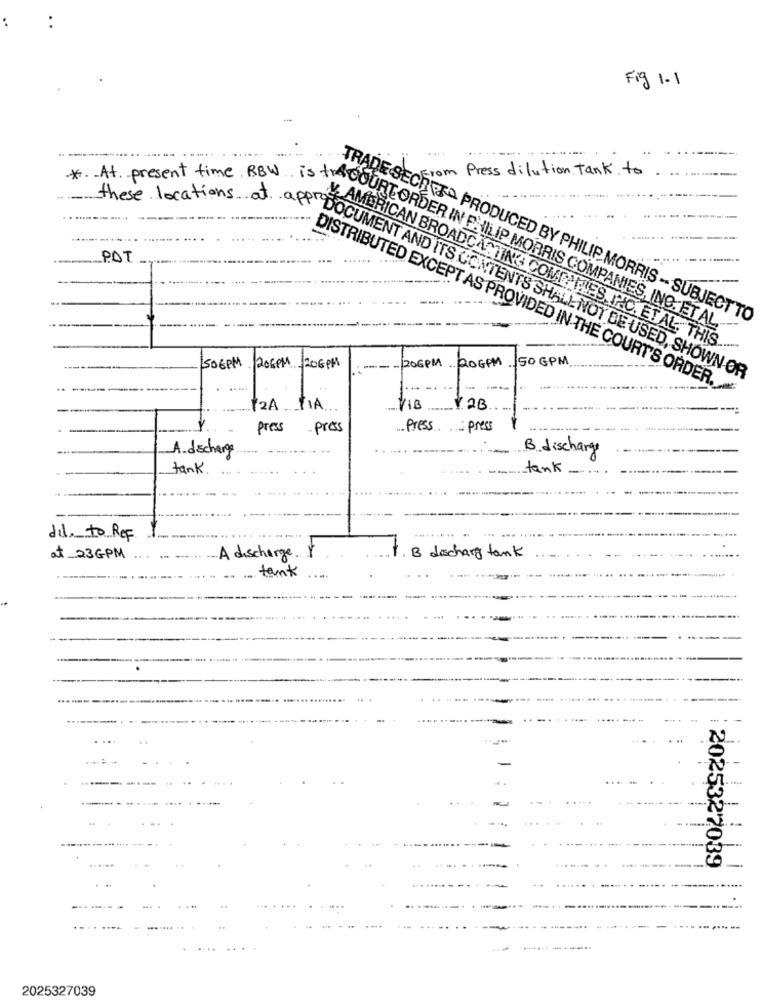
..
Fig 1.1
....
Press dilution tank. to
from
these locations at
PAT
TRADE SECRET^ PRODUCED BY PHILIP MORRIS - SUBJECTTO
*.. At present time BBW. INORDER IN PHILLIP MORRIS COMPANIES, INC.
V. AMERICAN BROADCASTING COMPANIES INC. ETAL. THIS.
50 GPM
506PM
206PM -20GPM
----
206PM ROGPM
OPP" DOCUMENT AND ITS CONTENTS SHALL NOT BE USED, SHOWN OR
DISTRIBUTED EXCEPT AS PROVIDED IN THE COURT'S ORDER.
2AMA
V2B
press
press
Press press
B.discharge
_A_dschang
tank
tank
dil, to REF
at _23GPM
A discharge.
B discharge tank
tank
2025327039
-.-
2025327039